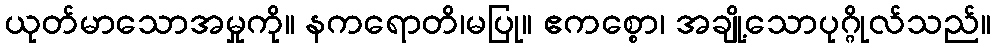
ယုတ်မာသောအမှုကို။ နကရောတိ၊မပြု။ ဧကစ္စော၊ အချို့သောပုဂ္ဂိုလ်သည်။